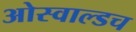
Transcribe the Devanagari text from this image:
ओस्वाल्डच